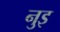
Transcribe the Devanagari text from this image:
नुइ